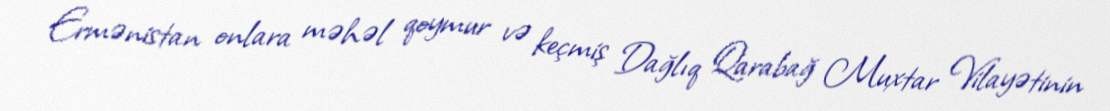
Ermənistan onlara məhəl qoymur və keçmiş Dağlıq Qarabağ Muxtar Vilayətinin